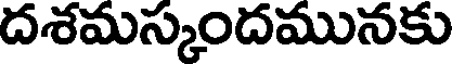
దశమస్కందమునకు